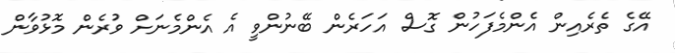
އޭގެ ތެރެއިން އެންމެފަހުން ގޮސް އަހަރެން ބޭނުންވީ އެ އެންމެނަށް ވުރެން މޮޅުވާން